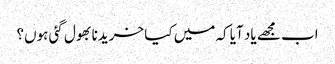
اب مجھے یاد آیا کہ میں کیا خریدنا بھول گئی ہوں؟